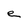
Character: e